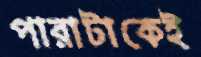
পারাটাকেই